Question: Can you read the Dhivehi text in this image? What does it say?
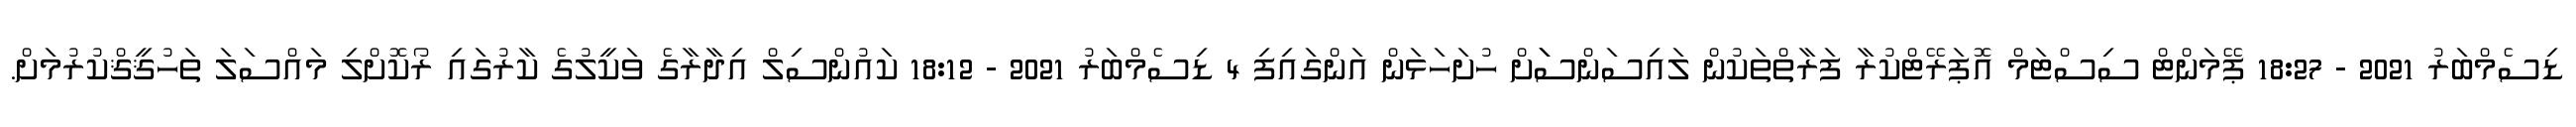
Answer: ޑިސެމްބަރު 2021 - 18:27 ޕޭމަންޓް ސިސްޓަމް އޮޕަރޭޓްކުރާ ފަރާތްތަކުން ލައިސަންސަަށް ހުށަހަޅަން އަންގައިފި 4 ޑިސެމްބަރު 2021 - 18:12 ކައުންސިލް އިދާރާގެ ވަކީލުގެ ކާރުގައި ރޯކޮށްލި މައްސަލަ ތަހުޤީޤްކުރުމަށް.